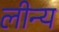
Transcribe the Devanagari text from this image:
लीन्य